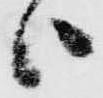
ハ